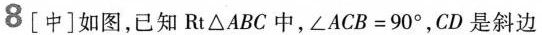
8[中]如图，已知Rt△ABC中，$$∠ A C B = 9 0 °$$，CD是斜边